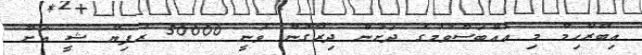
އިބްރާހިމް މި އެއްބަސްވުމުގެ ދަށުން ދިރާގުން ވަނީ 50000 ރުފިޔާ ޝީ އަށް